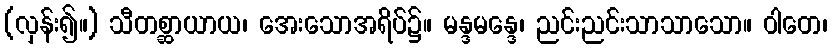
(လှန်း၍။) သီတစ္ဆာယာယ၊ အေးသောအရိပ်၌။ မန္ဒမန္ဒေ၊ ညင်းညင်းသာသာသော။ ဝါတေ၊